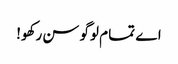
اے تما م لوگو سن رکھو!